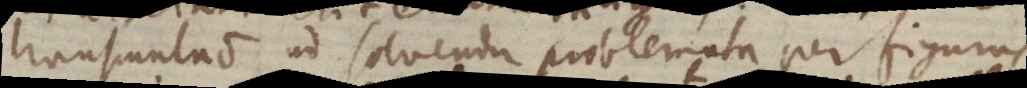
transcuntus ad solvendu problemata per figurus